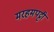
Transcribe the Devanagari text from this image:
मरहमपट्टी